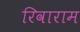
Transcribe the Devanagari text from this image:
रिवाराम